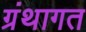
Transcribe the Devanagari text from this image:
ग्रंथागत